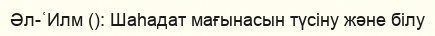
Әл-ʿИлм (): Шаһадат мағынасын түсіну және білу